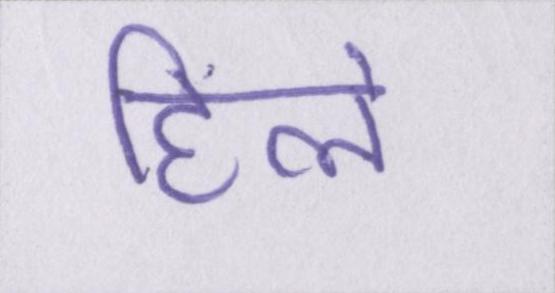
हिले